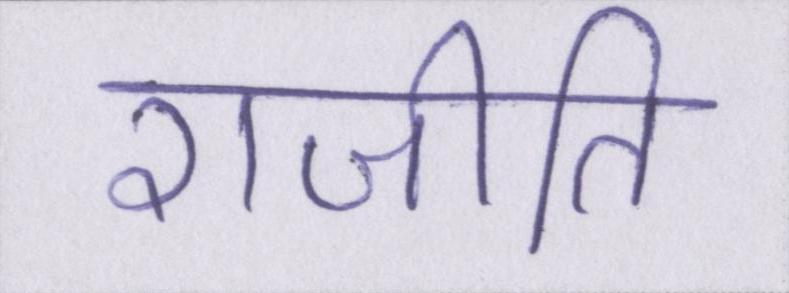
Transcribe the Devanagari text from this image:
राजीति